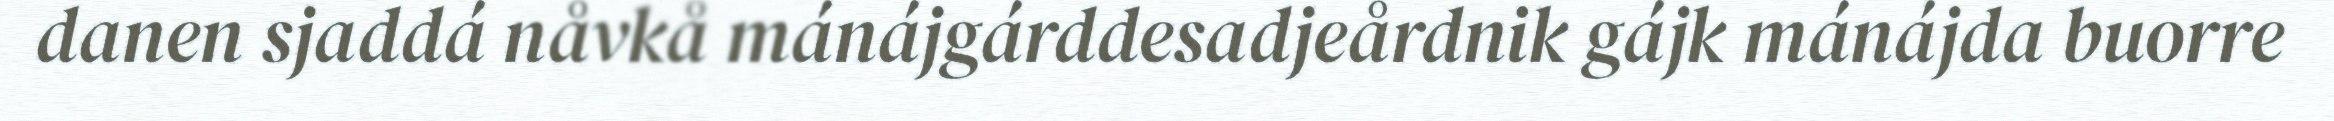
danen sjaddá nåvkå mánájgárddesadjeårdnik gájk mánájda buorre